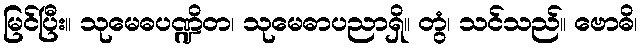
မြင်ပြီး။ သုမေဓပဏ္ဍိတ၊ သုမေဓာပညာရှိ။ တွံ၊ သင်သည်။ ဗောဓိ၊